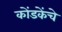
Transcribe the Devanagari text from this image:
कोंडकेंचे